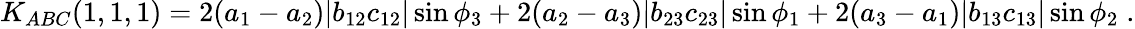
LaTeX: K_{ABC}(1,1,1)=2(a_{1}-a_{2})\vert b_{12}c_{12}\vert\sin\phi_{3}+2(a_{2}-a_{3})\vert b_{23}c_{23}\vert\sin\phi_{1}+2(a_{3}-a_{1})\vert b_{13}c_{13}\vert\sin\phi_{2}\; .